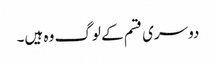
دوسری قسم کے لوگ وہ ہیں۔